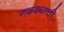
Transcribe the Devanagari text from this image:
गढढ्याची